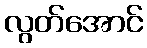
လွတ်အောင်